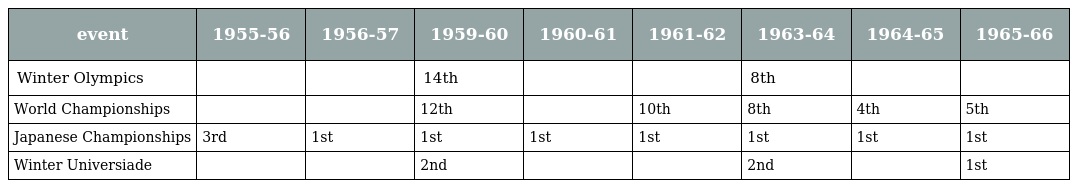
| event | 1955-56 | 1956-57 | 1959-60 | 1960-61 | 1961-62 | 1963-64 | 1964-65 | 1965-66 |
 | --- | --- | --- | --- | --- | --- | --- | --- | --- |
 | Winter Olympics |  |  | 14th |  |  | 8th |  |  |
 | World Championships |  |  | 12th |  | 10th | 8th | 4th | 5th |
 | Japanese Championships | 3rd | 1st | 1st | 1st | 1st | 1st | 1st | 1st |
 | Winter Universiade |  |  | 2nd |  |  | 2nd |  | 1st |